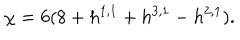
\chi = 6 ( 8 + h ^ { 1 , 1 } + h ^ { 3 , 1 } - h ^ { 2 , 1 } ) .